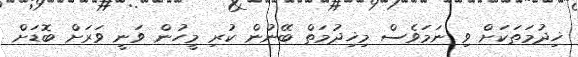
ޚިދުމަތަކަށް ވި ނަމަވެސް މިޚިދުމަތް ބޭނުން ކުރި މީހުން ވަނީ ވަރަށް ބޮޑަށް